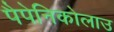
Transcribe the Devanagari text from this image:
पैपेनिकोलाउ